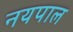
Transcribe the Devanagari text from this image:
नयपाल